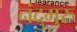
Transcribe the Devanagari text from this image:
नंदुमुरु